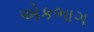
એકભાગ